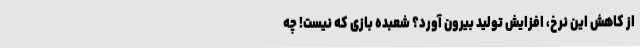
از کاهش این نرخ، افزایش تولید بیرون آورد؟ شعبده بازی که نیست! چه